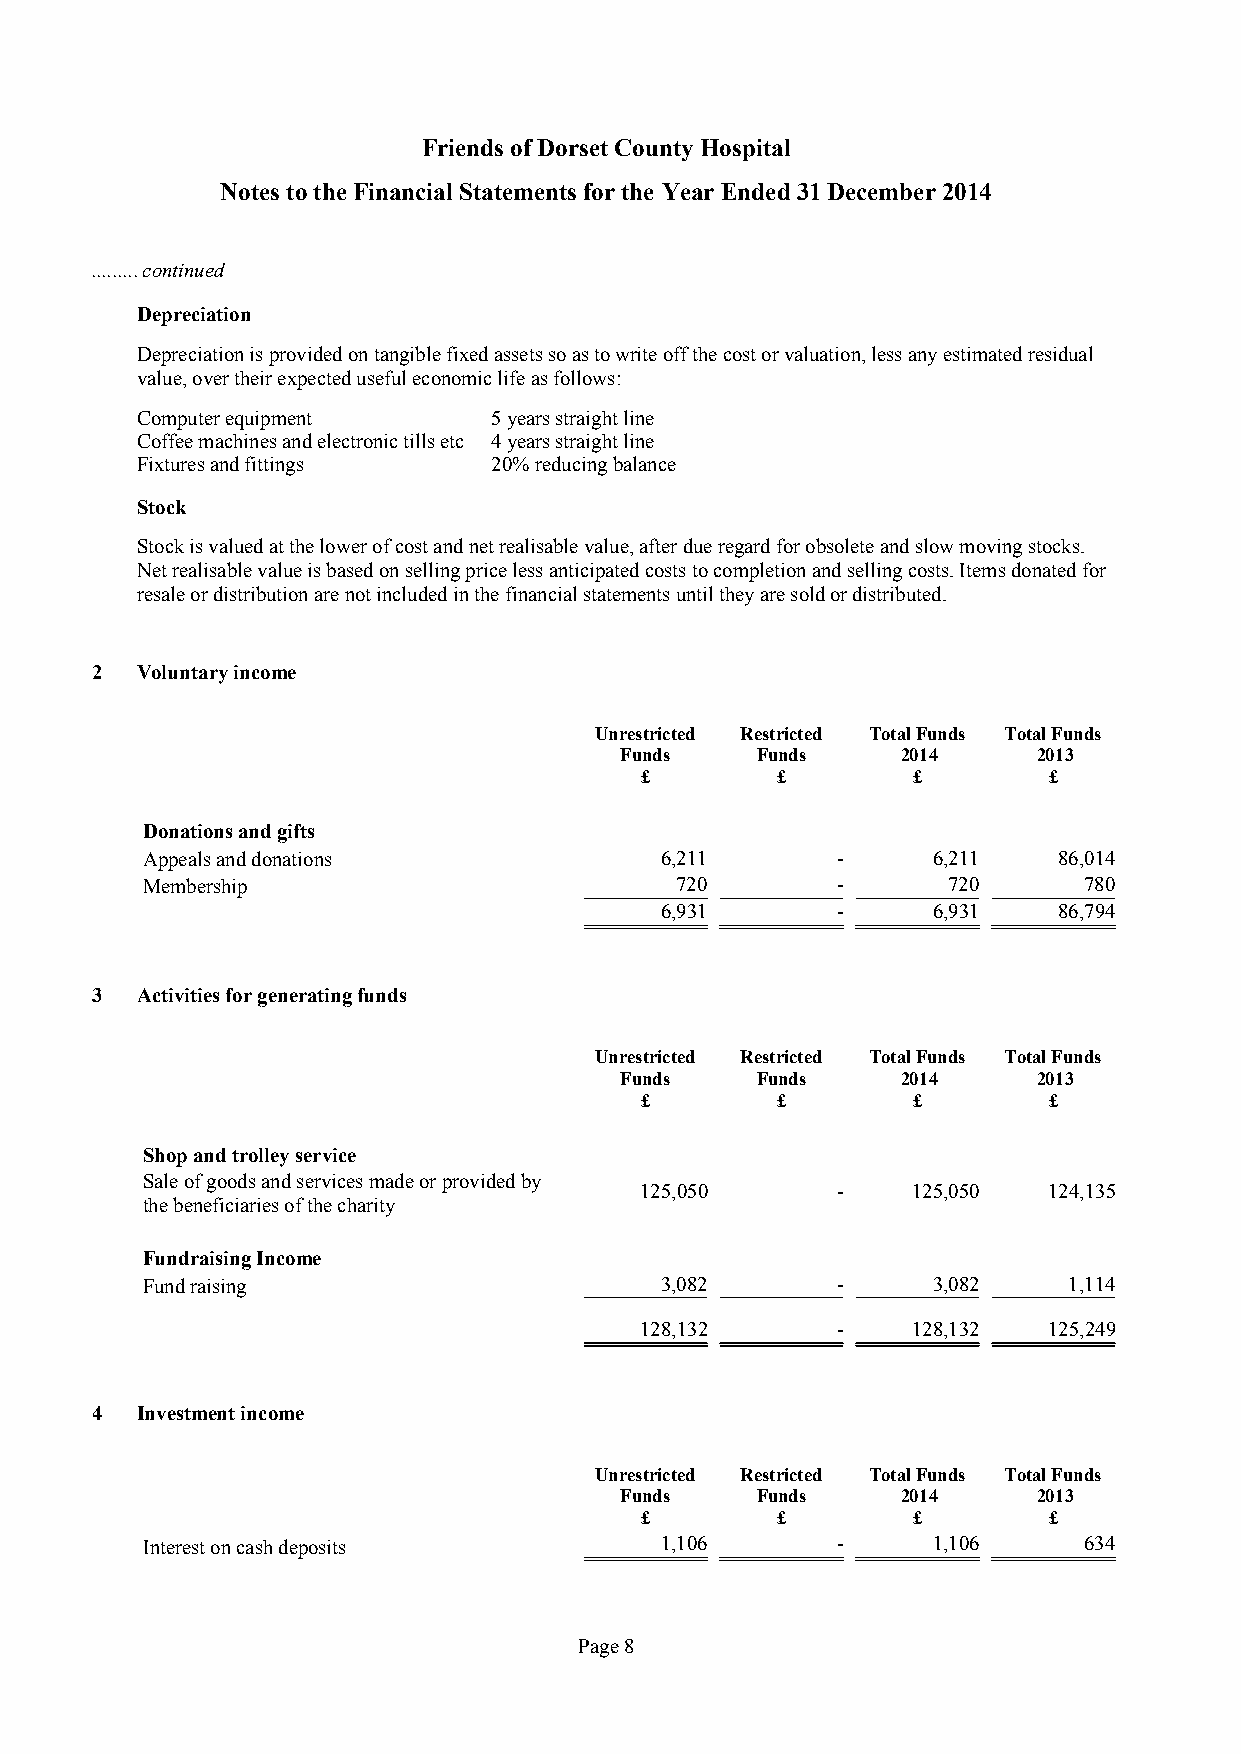
Friends of Dorset County Hospital
 Notes to the Financial Statements for the Year Ended31 December 2014
 ......... continued
 Depreciation
 Depreciation is provided on tangible fixed assets so as to write off the cost or valuation, less any estimated residual
 value, over their expected useful economic life as follows:
 Computer equipment      5 years straight line
 Coffee machines and electronic tills etc 4 years straight line
 Fixtures and fittings   20% reducing balance
 Stock
 Stock is valued at the lower of cost and net realisable value, after due regard for obsolete and slow moving stocks.
 Net realisable value is based on selling price less anticipated costs to completion and selling costs. Items donated for
 resale or distribution are not included in the financial statements until they are sold or distributed.
 2  Voluntary income
 Unrestricted Restricted Total Funds Total Funds
 Funds    Funds     2014     2013
 £        £        £        £
 Donations and gifts
 Appeals and donations              6,211      -      6,211   86,014
 Membership                          720       -       720      780
 6,931      -      6,931   86,794
 3  Activities for generating funds
 Unrestricted Restricted Total Funds Total Funds
 Funds    Funds     2014     2013
 £        £        £        £
 Shop and trolley service
 Sale of goods and services made or provided by
 125,050      -    125,050  124,135
 the beneficiaries of the charity
 Fundraising Income
 Fund raising                       3,082      -      3,082    1,114
 128,132      -    128,132  125,249
 4  Investment income
 Unrestricted Restricted Total Funds Total Funds
 Funds    Funds     2014     2013
 £        £        £        £
 Interest on cash deposits          1,106      -      1,106     634
 Page8